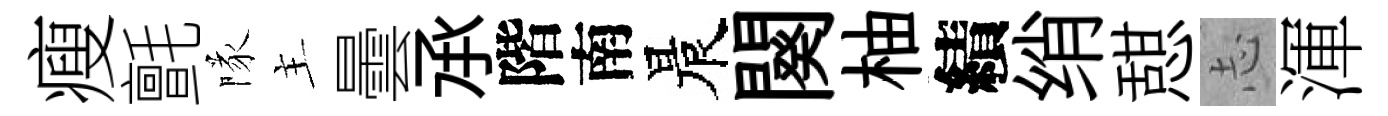
瘦氈隊主曇𠄘階南晨闋柚績绡憇𢖽渾